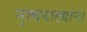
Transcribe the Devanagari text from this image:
नृत्यनाट्यांना